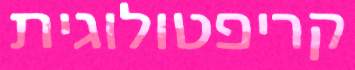
קריפטולוגית